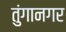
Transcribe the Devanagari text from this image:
तुंगानगर